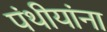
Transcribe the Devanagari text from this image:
पंथीयांना